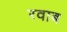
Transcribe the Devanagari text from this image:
रवाब